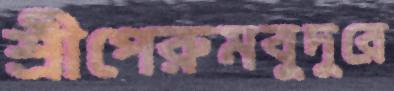
শ্রীপেরুমবুদুরে